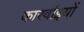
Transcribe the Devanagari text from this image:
कारर्वाइयों